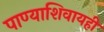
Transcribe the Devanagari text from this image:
पाण्याशिवायही